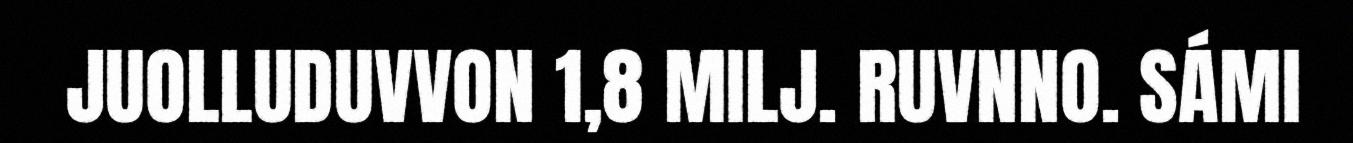
JUOLLUDUVVON 1,8 MILJ. RUVNNO. SÁMI